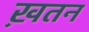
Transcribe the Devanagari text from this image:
ख़तन